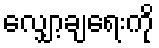
လျှော့ချရေးကို